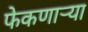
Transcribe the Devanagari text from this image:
फेकणार्‍या